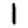
Digit: 1